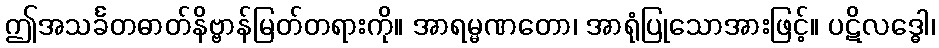
ဤအသင်္ခတဓာတ်နိဗ္ဗာန်မြတ်တရားကို။ အာရမ္မဏတော၊ အာရုံပြုသောအားဖြင့်။ ပဋိလဒ္ဓေါ၊